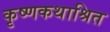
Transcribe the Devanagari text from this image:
कृष्णकथाश्रित